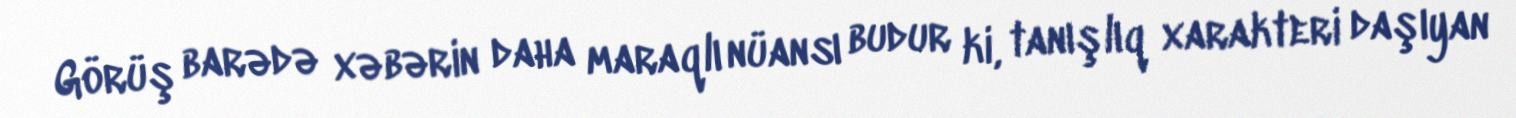
Görüş barədə xəbərin daha maraqlı nüansı budur ki, tanışlıq xarakteri daşıyan